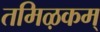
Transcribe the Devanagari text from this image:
तमिऴकम्